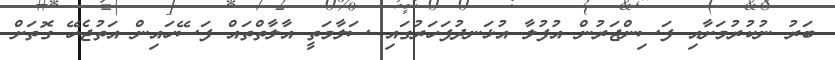
ބަރު ނުކުރުމަށާއި ފަސިންޖަރުން އުފުލާ އުޅަނދުފަހަރުގައި ސަލާމަތީ އާލާތްތައް ފަސޭހައިން އަތުޖެހޭ ގޮތަށް